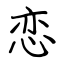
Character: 恋